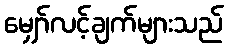
မျှော်လင့်ချက်များသည်